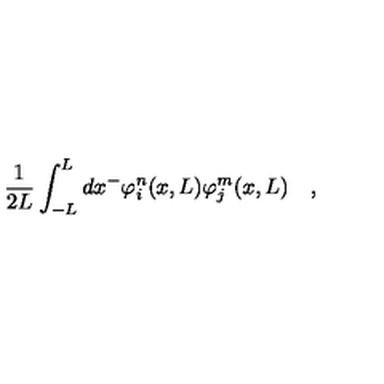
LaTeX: \frac { 1 } { 2 L } \int _ { - L } ^ { L } d x ^ { - } \varphi _ { i } ^ { n } ( x , L ) \varphi _ { j } ^ { m } ( x , L ) \quad ,